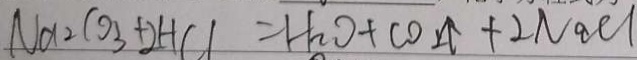
N a _ { 2 } C O _ { 3 } + 2 H C l = H _ { 2 } O + C O _ { 2 } \uparrow + 2 N a C l